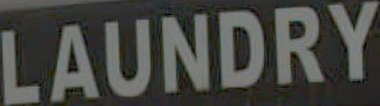
LAUNDRY